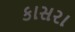
કાસરા